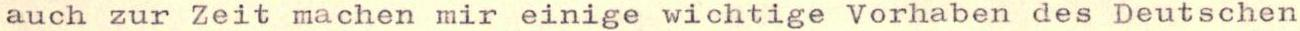
auch zur Zeit machen mir einige wichtige Vorhaben des Deutschen